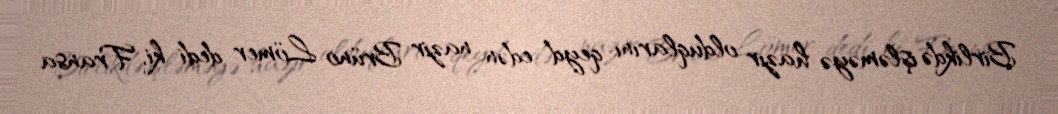
Birlikdə işləməyə hazır olduqlarını qeyd edən nazir Brüno Lömer dedi ki, Fransa